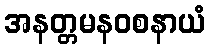
အနတ္တမနဝစနာယံ